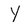
Character: Y